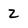
Character: 2